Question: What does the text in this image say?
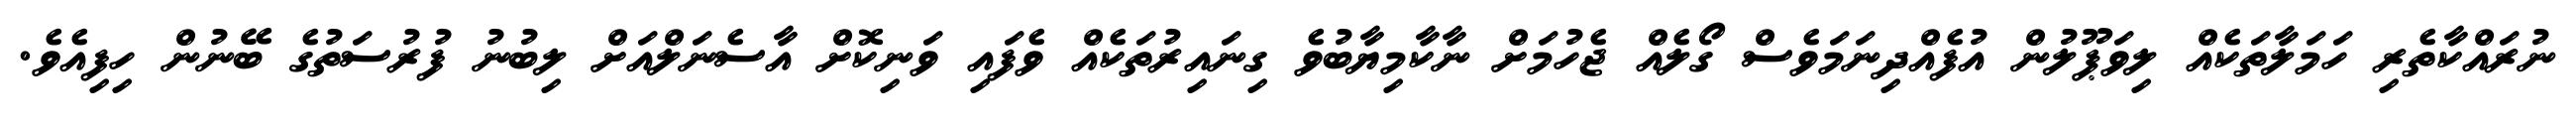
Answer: ނުރައްކާތެރި ހަމަލާތަކެއް ލިވަޕޫލުން އުފެއްދިނަމަވެސް ގޯލެއް ޖެހުމަށް ނާކާމިޔާބުވެ ގިނައިރުތަކެއް ވެފައި ވަނިކޮށް އާސެނަލްއަށް ލިބުނު ފުރުސަތުގެ ބޭނުން ހިފިއެވެ.